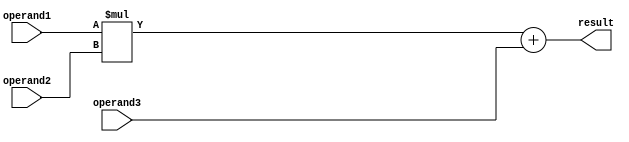
module fused_multiply_add_unit (
    input wire [31:0] operand1,
    input wire [31:0] operand2,
    input wire [31:0] operand3,
    output reg [31:0] result
);

// Multiplication and addition operation
always @* begin
    result = operand1 * operand2 + operand3;
end

endmodule